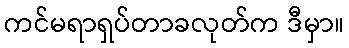
ကင်မရာရှပ်တာခလုတ်က ဒီမှာ။